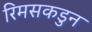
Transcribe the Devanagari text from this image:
रिमसकडुन